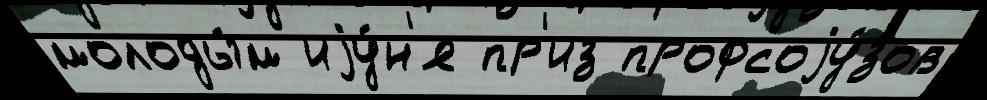
молоды́м иjу́н'я пр'из профсоjу́зов